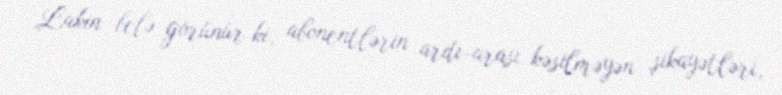
Lakin belə görünür ki, abonentlərin ardı-arası kəsilməyən şikayətləri,